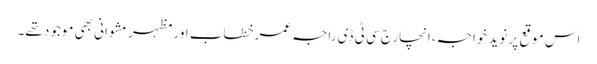
اس موقع پر نوید خواجہ، انچارج سی ٹی ڈی راجہ عمرخطاب اور مظہر مشوانی بھی موجود تھے۔